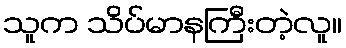
သူက သိပ်မာနကြီးတဲ့လူ။